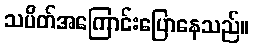
သပိတ်အကြောင်းပြောနေသည်။